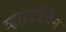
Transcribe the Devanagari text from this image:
व्हाइटहैवेन